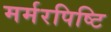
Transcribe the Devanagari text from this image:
मर्मरपिष्टि